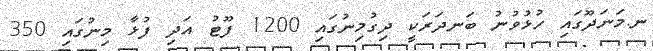
ނ.މަނަދޫގައި ހުޅުވުނު ބަނދަރަކީ ދިގުމިނުގައި 1200 ފޫޓު އަދި ފުޅާ މިނުގައި 350